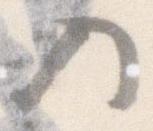
入